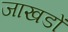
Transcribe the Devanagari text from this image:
जाखडों